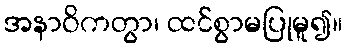
အနာဝိကတွာ၊ ထင်စွာမပြုမူ၍။